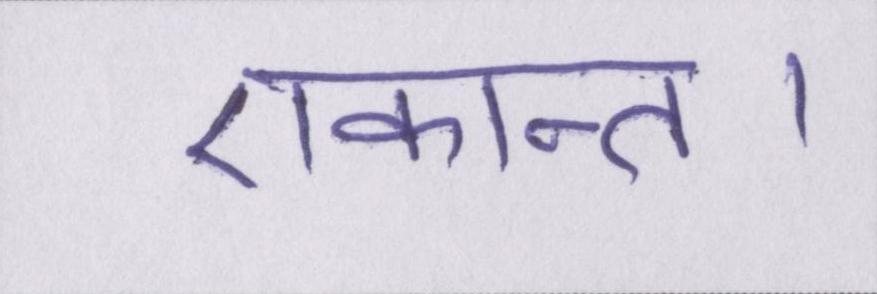
एकान्त।